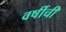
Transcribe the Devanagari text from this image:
वर्षीची